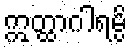
ဣတ္ထာဂါရမ္ပိ